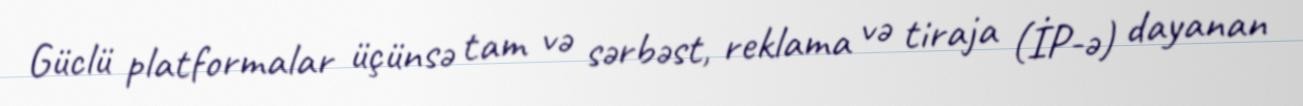
Güclü platformalar üçünsə tam və sərbəst, reklama və tiraja (İP-ə) dayanan